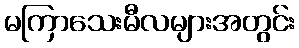
မကြာသေးမီလများအတွင်း